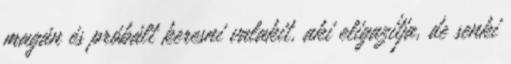
magán és próbált keresni valakit, aki eligazítja, de senki